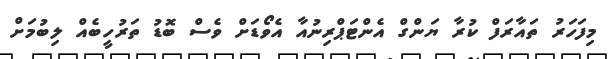
މިފަހަރު ތައާރަފް ކުރާ ޔަންގް އެންޓަޕްރިނުއާ އެވޯޑަށް ވެސް ބޮޑު ތަރުހީބެއް ލިބުމަށް